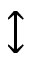
\updownarrow